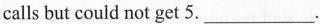
calls but could not get 5. ___.